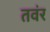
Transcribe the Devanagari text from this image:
तवंर